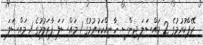
ރޭޕްކުރުމުގެ 2 މައްސަލަ ޖިންސީ ހާނިއްކަކުރުމުގެ 1 މައްސަލަ ފާރަލުމުގެ 1 މައްސަލަ